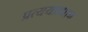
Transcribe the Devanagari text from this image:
प्रत्ययप्रधान